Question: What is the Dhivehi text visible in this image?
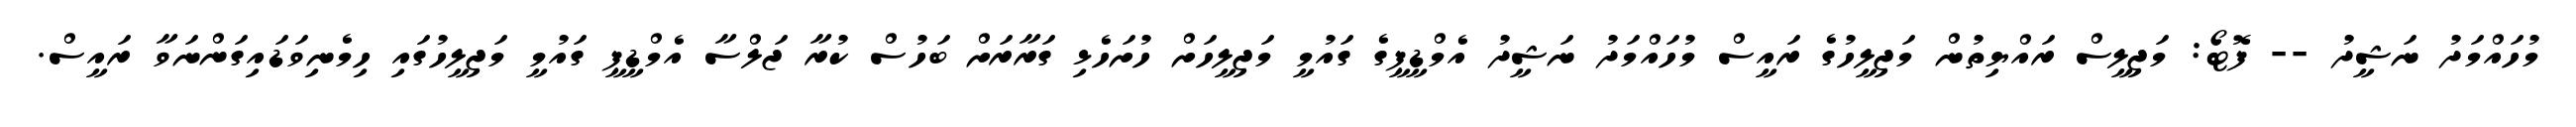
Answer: މުހައްމަދު ނަޝީދު -- ފޮޓޯ: މަޖިލީސް ރައްޔިތުން މަޖިލީހުގެ ރައީސް މުހައްމަދު ނަޝީދު އެމްޑީޕީގެ ގައުމީ މަޖިލީހަށް ހުށަހެޅި ގަރާރަށް ބަހުސް ކުރާ ޖަލްސާ އެމްޑީޕީ ގައުމީ މަޖިލީހުގައި ހިމެނިވަޑައިގަންނަވާ ރައީސް.